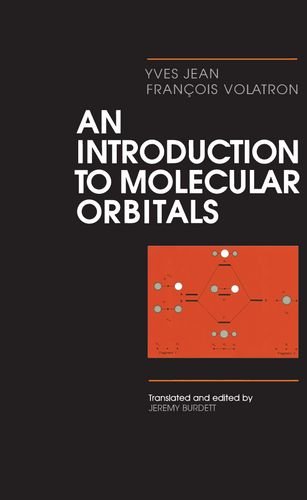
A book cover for An Introduction to Molecular Orbitals; Yves Jean; Science & Math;